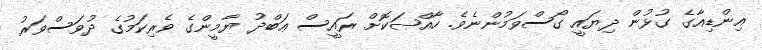
އިންޑިއާގެ ގުޅުން ދިޔައީ ގޯސްވަމުންނެވެ. ހާއްޞަކޮށް ރައީސް ޢަބްދު ޔާމީންގެ ވެރިކަމުގެ ދުވަސްވަރު